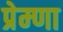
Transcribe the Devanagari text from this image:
प्रेम्णा